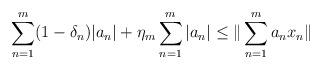
LaTeX: \begin{align*} \sum_{n=1}^m (1-\delta_n)|a_n| + \eta_m\sum_{n=1}^m|a_n| \le \|\sum_{n=1}^m a_nx_n\| \end{align*}